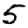
Digit: 5